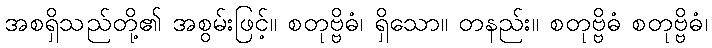
အစရှိသည်တို့၏ အစွမ်းဖြင့်။ စတုဗ္ဗိဓံ၊ ရှိသော။ တနည်း။ စတုဗ္ဗိဓံ စတုဗ္ဗိဓံ၊